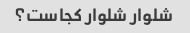
شلوار شلوار کجاست؟